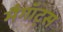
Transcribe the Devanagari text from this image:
मैगॉट्स